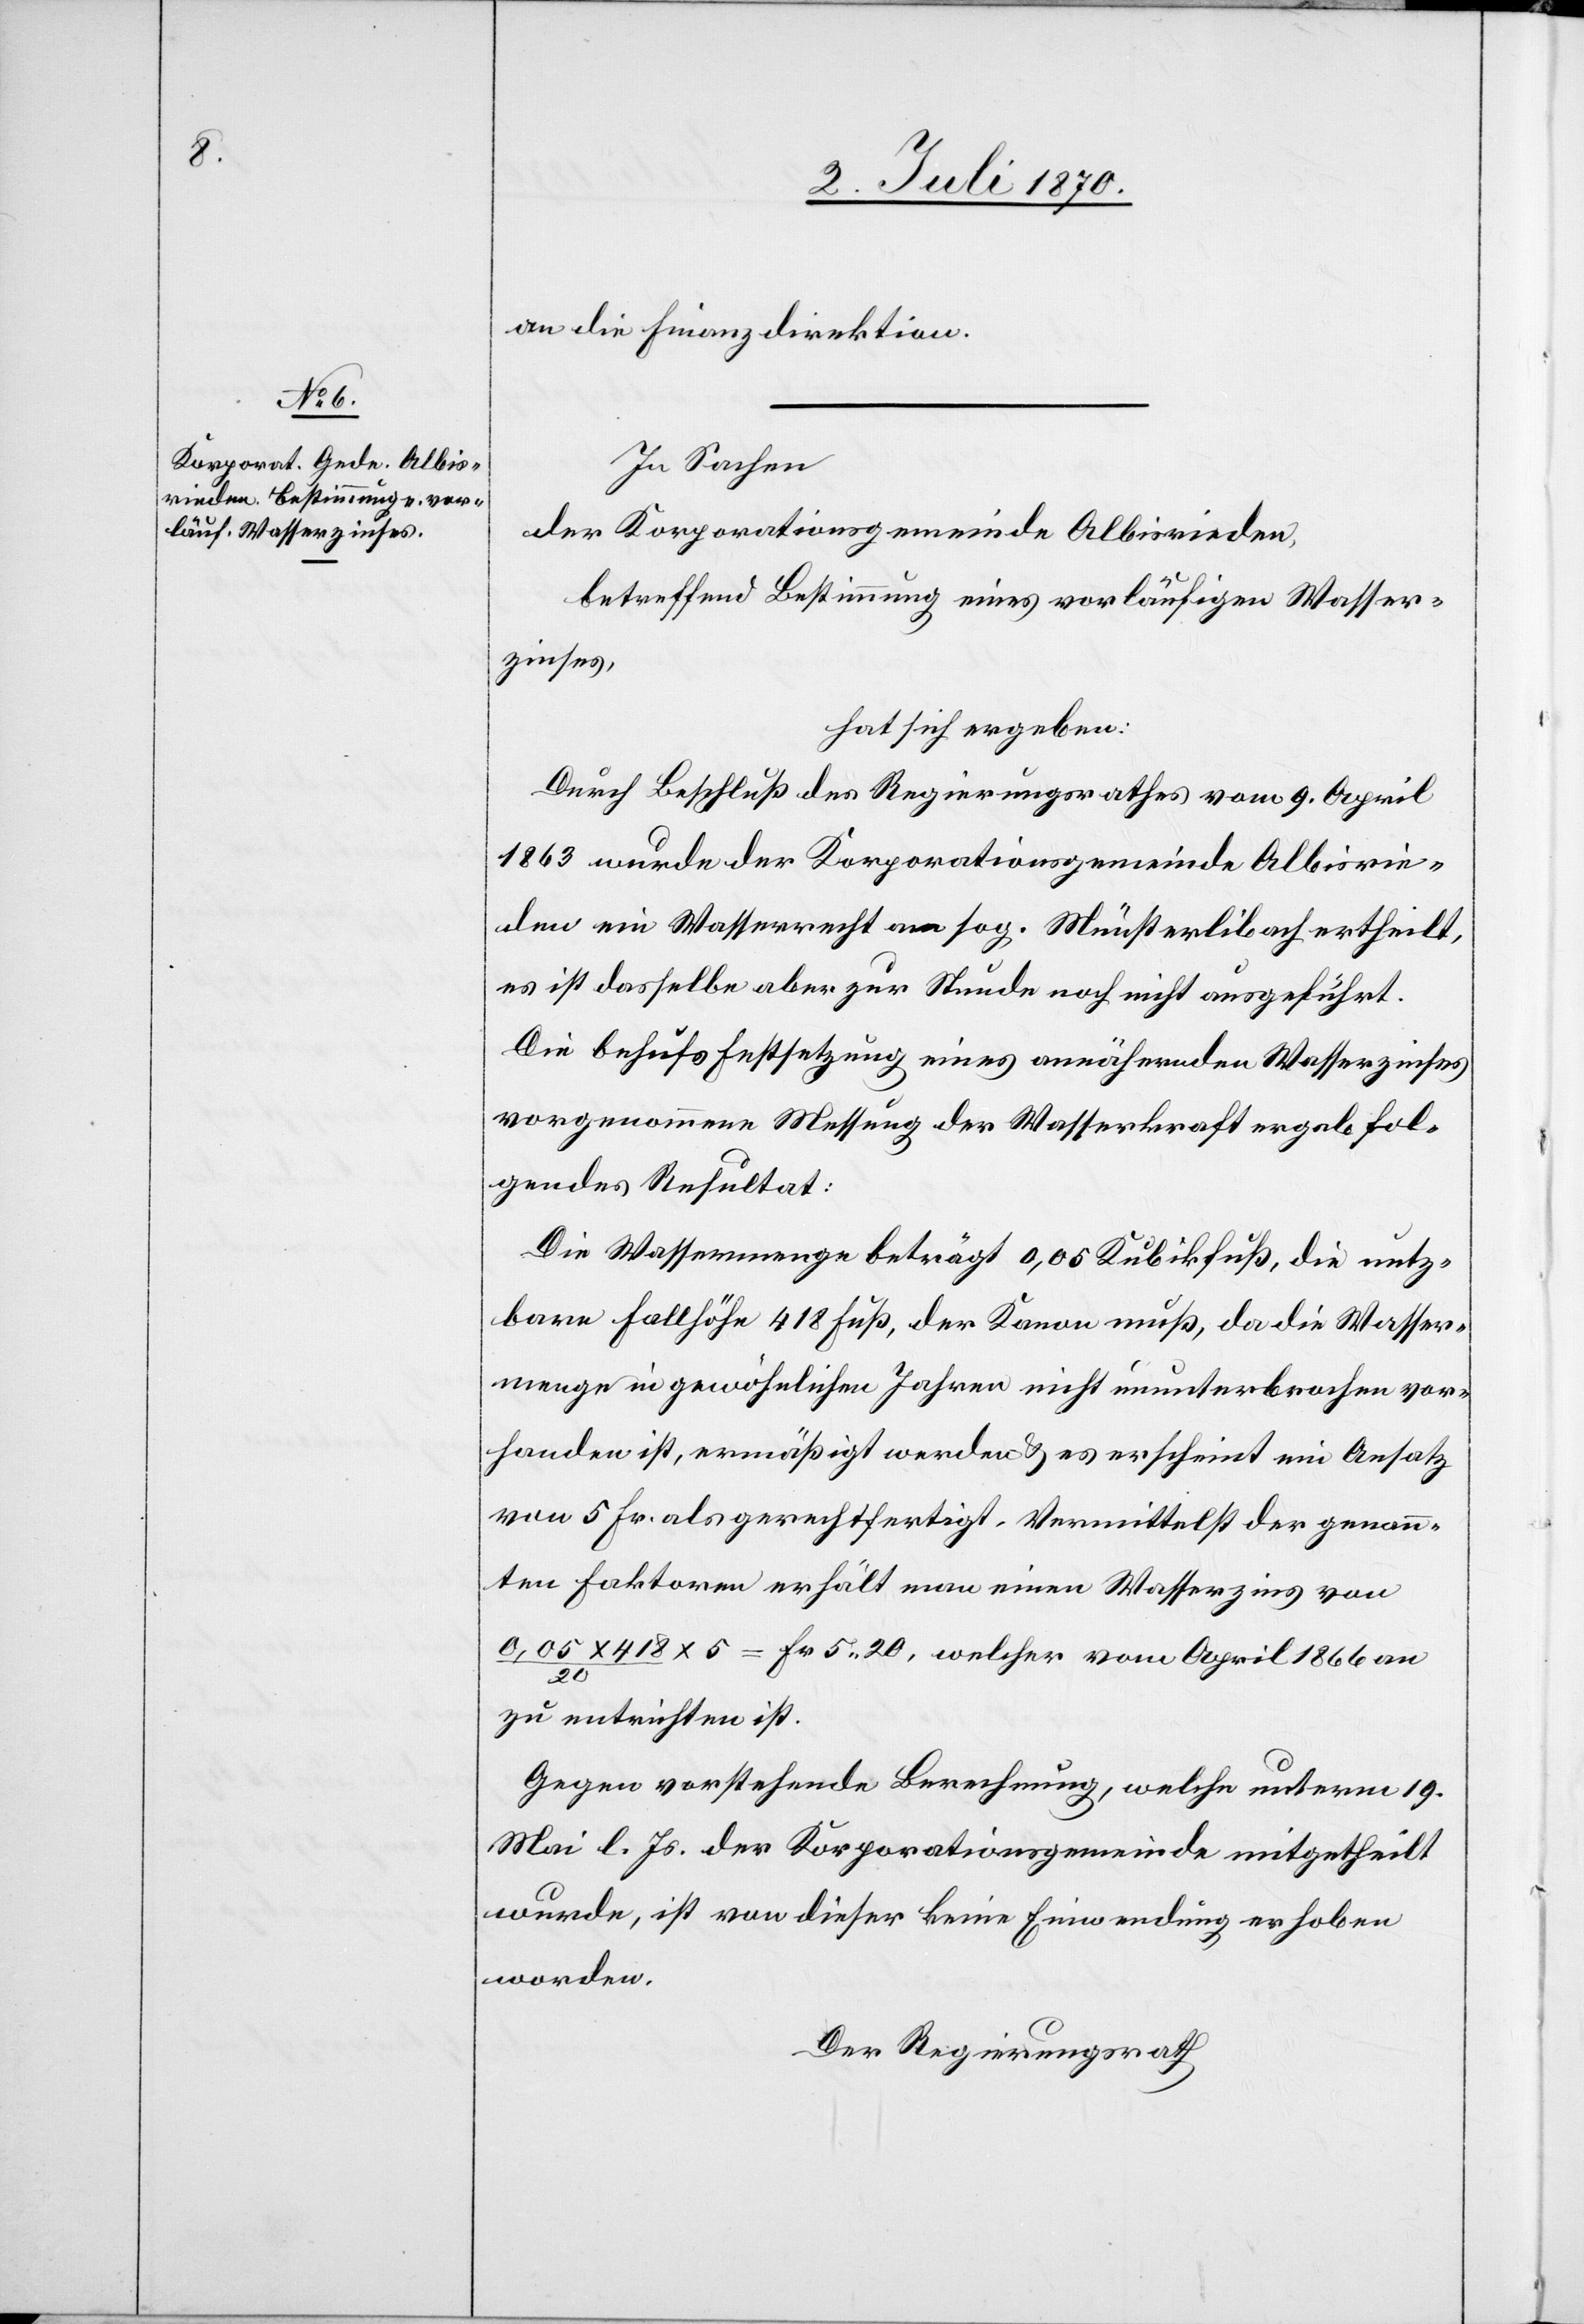
an die Finanzdirektion.
In Sachen
der Korporationsgemeinde Albisrieden
betreffend Bestimmung eines vorläufigen Wasser¬
zinses,
hat sich ergeben:
Durch Beschluß des Regierungsrathes vom 9. April
1863 wurde der Korporationsgemeinde Albisrie¬
den ein Wasserrecht am sog. Münsterlibach ertheilt,
es ist dasselbe aber zur Stunde noch nicht ausgeführt.
Die behufs Festsetzung eines annähernden Wasserzinses
vorgenommene Messung der Wasserkraft ergab fol¬
gendes Resultat:
Die Wassermenge beträgt 0,05 Kubikfuß, die nutz¬
bare Fallhöhe 418 Fuß, der Kanon muß, da die Wasser¬
menge in gewöhnlichen Jahren nicht ununterbrochen vor¬
handen ist, ermäßigt werden & es erscheint ein Ansatz
von 5 Fr. als gerechtfertigt. Vermittelst der genann¬
ten Faktoren erhält man einen Wasserzins von
0,05 x 418 x 5 / 20 = Fr. 5.20, welcher vom April 1866 an
zu entrichten ist.
Gegen vorstehende Berechnung, welche unterm 19.
Mai l. Js. der Korporationsgemeinde mitgetheilt
wurde, ist von dieser keine Einwendung erhoben
worden.
Der Regierungsrath,